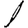
Digit: 1